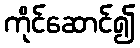
ကိုင်ဆောင်၍